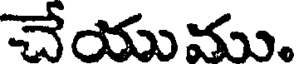
చేయుము.